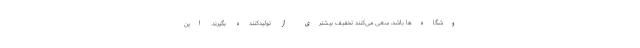
وشگاه‌ها باشد، سعی می‌کنند تخفیف بیشتری از تولیدکننده بگیرند. این